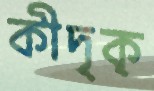
কীদৃক্